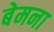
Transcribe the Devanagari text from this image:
बेमना